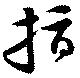
指